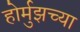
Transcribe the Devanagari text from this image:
होर्मुझच्या